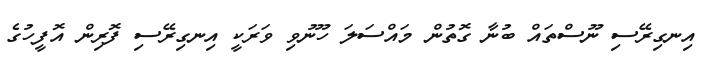
އިނގިރޭސި ނޫސްތައް ބުނާ ގޮތުން މައްސަލަ ހޫނުވި ވަރަކީ އިނގިރޭސި ފޮރިން އޮފީހުގެ